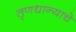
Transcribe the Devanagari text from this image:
तृणधान्याचे